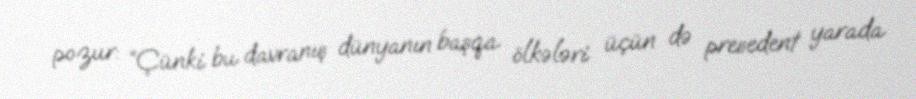
pozur: “Çünki bu davranış dünyanın başqa ölkələri üçün də presedent yarada